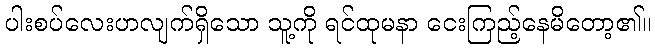
ပါးစပ်လေးဟလျက်ရှိသော သူ့ကို ရင်ထုမနာ ငေးကြည့်နေမိတော့၏။